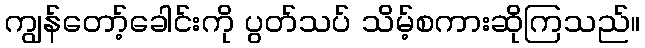
ကျွန်တော့်ခေါင်းကို ပွတ်သပ် သိမ့်စကားဆိုကြသည်။